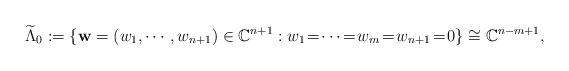
LaTeX: \begin{align*}\widetilde{\Lambda}_0:=\{\mathbf{w}=(w_1,\cdots,w_{n+1})\in \mathbb{C}^{n+1}: w_1\!=\!\cdots\!=\! w_m\!=\! w_{n+1}\!=\!0\}\cong \mathbb{C}^{n-m+1},\end{align*}